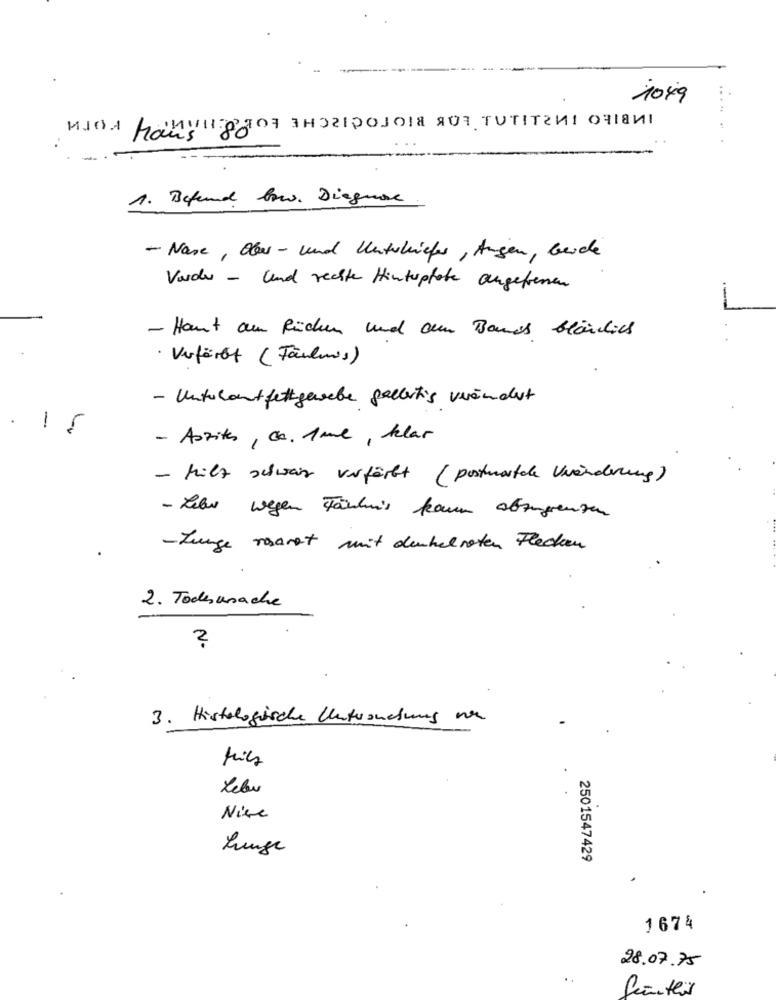
1049
илол рамунадоз зноггрозоя яот тотITги! онаи!
1. Befund bow. Diagnose
- Nase , Ober - und Unterkiefer , Augen, beide
Varde - und rechte Hintspfote angefressen
- Haut am Rücken und am Bands Bläuich
· Verfärbt (Fäuluis)
- Unterkantfettgewebe gallertis verändert
.
15
- Aszites , ca. 1 ml, klar
- Milz schweiz verfärbt (postnatale Viänderung)
- Lebr wegen Färhuis kaum abzugrenzen
-Lunge rosarat mit denhelroten Flecken
2. Todesursache
?
3. Histologische Untersuchung ve
Lebu
Nice
Lunge
2501547429
1674
28.07.75